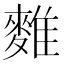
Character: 𪍇